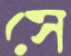
সে